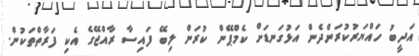
އަދީބު ހައްޔަރުކުރަންދެން އަޅުގަނޑަށް ކެމްޕޭން ކުރަން ލިބޭ ފައިސާ ރާއްޖޭގެ އެކި ފަރާތްތަކުން.